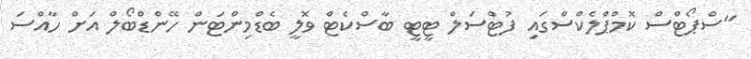
"ސްޕޯޓްސް ކޮމްޕްލެކްސްގައި ފުޓްސަލް ޓީޓީ ބާސްކެޓް ވޮލީ ބެޑްމިންޓަން ހޭންޑްބޯލް އަށް ހާއްސަ